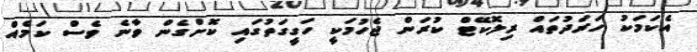
އެކަމަކު ހަރަދުތައް ރިލޮކޭޓް ކުރަން ޖެހުމަކީ ހަގީގަތުގައި ކޮށްގެން ވާނެ ވެސް ކަމެއް